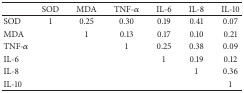
<table><thead><tr><td><b> </b></td><td><b>SOD</b></td><td><b>MDA</b></td><td><b>TNF-<i>α</i></b></td><td><b>IL-6</b></td><td><b>IL-8</b></td><td><b>IL-10</b></td></tr></thead><tbody><tr><td>SOD</td><td>1</td><td>0.25</td><td>0.30</td><td>0.19</td><td>0.41</td><td>0.07</td></tr><tr><td>MDA</td><td> </td><td>1</td><td>0.13</td><td>0.17</td><td>0.10</td><td>0.21</td></tr><tr><td>TNF-<i>α</i></td><td> </td><td> </td><td>1</td><td>0.25</td><td>0.38</td><td>0.09</td></tr><tr><td>IL-6</td><td> </td><td> </td><td> </td><td>1</td><td>0.19</td><td>0.12</td></tr><tr><td>IL-8</td><td> </td><td> </td><td> </td><td> </td><td>1</td><td>0.36</td></tr><tr><td>IL-10</td><td> </td><td> </td><td> </td><td> </td><td> </td><td>1</td></tr></tbody></table>